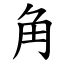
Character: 角